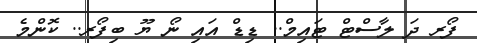
ފޯރ ދަ ލާސްޓް ޓައިމް.. ޑިޑް އައި ނޯ ޔޫ ބިފޯރ.. ކޮންމެ